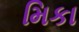
મિકા